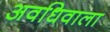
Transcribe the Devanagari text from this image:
अवधिवाला